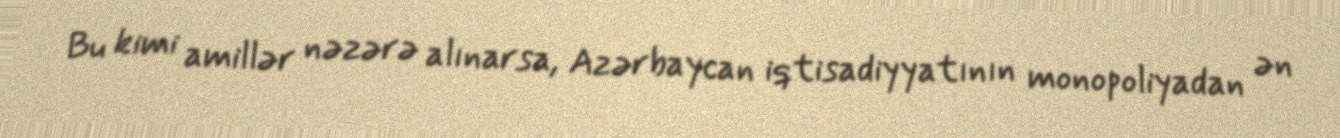
Bu kimi amillər nəzərə alınarsa, Azərbaycan iqtisadiyyatının monopoliyadan ən